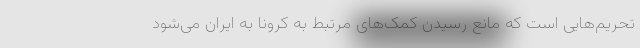
تحریم‌هایی است که مانع رسیدن کمک‌های مرتبط به کرونا به ایران می‌شود